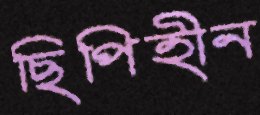
ছিপিহীন